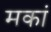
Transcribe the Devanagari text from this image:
मकां